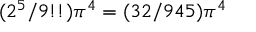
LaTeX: ( 2 ^ { 5 } / 9 ! ! ) \pi ^ { 4 } = ( 3 2 / 9 4 5 ) \pi ^ { 4 }